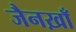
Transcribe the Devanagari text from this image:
जैनख़ाँ